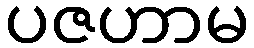
ပဇဟာမ